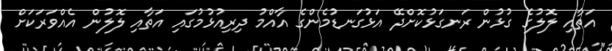
އަތާއި ލޮލުގެ ގުޅުން ރަނގަޅުކޮށްދޭ އަޅުގަނޑުމެންގެ އާއްމު ދިރިއުޅުމުގައި އަތާއި ލޮލުން އެއްވަރަކަށް